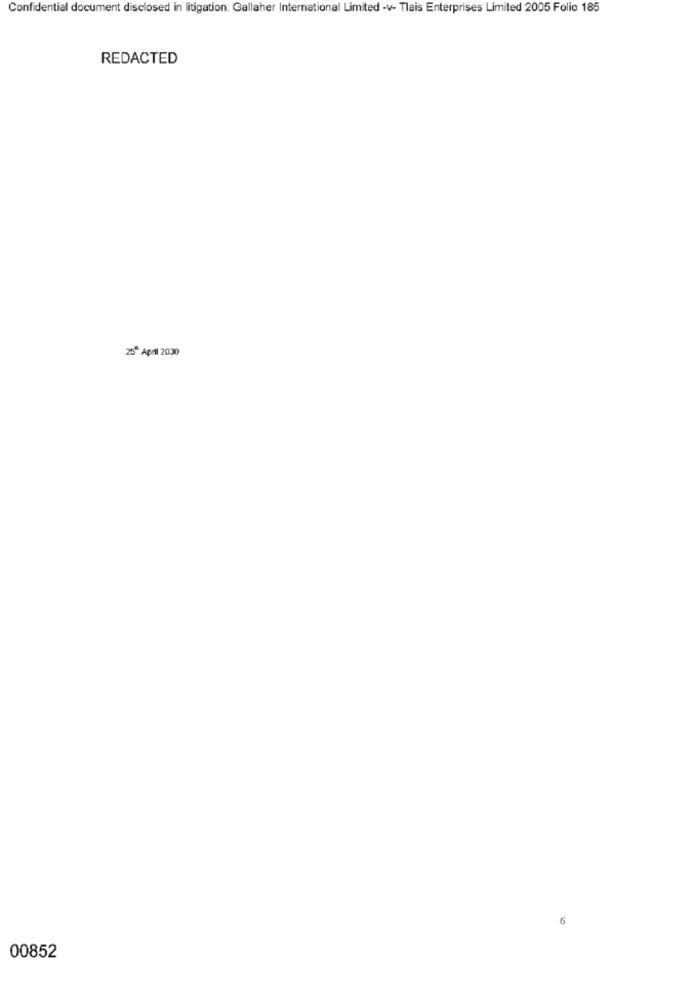
Confidential document disclosed in litigation: Gallaher International Limited -v- Tlais Enterprises Limited 2005 Folio 185
REDACTED
25* April 2000
00852